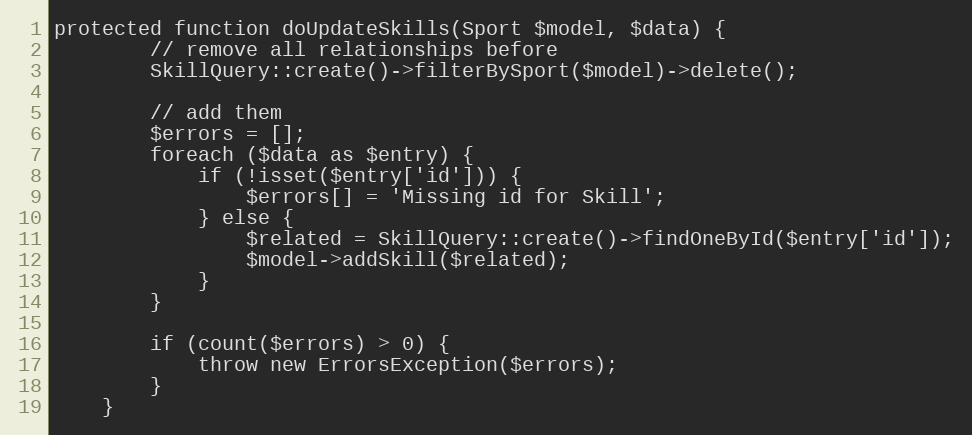
Language: PHP
protected function doUpdateSkills(Sport $model, $data) {
		// remove all relationships before
		SkillQuery::create()->filterBySport($model)->delete();

		// add them
		$errors = [];
		foreach ($data as $entry) {
			if (!isset($entry['id'])) {
				$errors[] = 'Missing id for Skill';
			} else {
				$related = SkillQuery::create()->findOneById($entry['id']);
				$model->addSkill($related);
			}
		}

		if (count($errors) > 0) {
			throw new ErrorsException($errors);
		}
	}